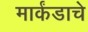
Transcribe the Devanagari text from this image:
मार्कंडाचे